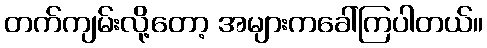
တက်ကျမ်းလို့တော့ အများကခေါ်ကြပါတယ်။